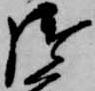
御